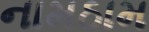
નામઠામ